Plague in India, 1896, 1897 - Volume 1
Year: 1896
Disease focus: Plague
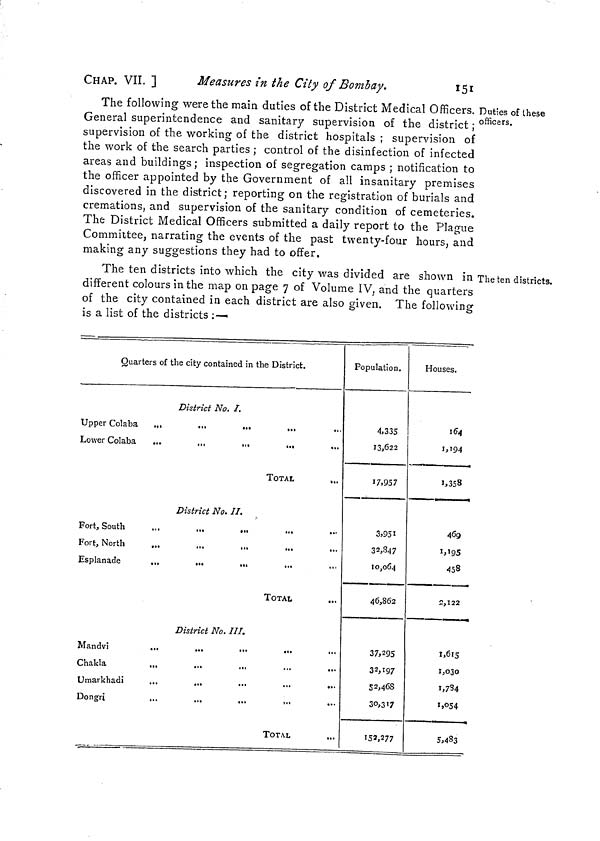
CHAP. VII. ]
Measures in the City of Bombay.
151
Duties of these
officers.
The following were the main duties of the District Medical Officers.
General superintendence and sanitary supervision of the district ;
supervision of the working of the district hospitals ; supervision of
the work of the search parties ; control of the disinfection of infected
areas and buildings ; inspection of segregation camps ; notification to
the officer appointed by the Government of all insanitary premises
discovered in the district; reporting on the registration of burials and
cremations, and supervision of the sanitary condition of cemeteries.
The District Medical Officers submitted a daily report to the Plague
Committee, narrating the events of the past twenty-four hours, and
making any suggestions they had to offer.
The ten districts.
The ten districts into which the city was divided are shown in
different colours in the map on page 7 of Volume IV, and the quarters
of the city contained in each district are also given. The following
is a list of the districts :—
Quarters of the city contained in the District.
District No. I.
Upper Colaba
...
...
...
...
Lower Colaba
...
...
...
...
TOTAL
District No. II.
Fort, South
Fort, North
Esplanade
...
...
...
TOTAL
District No. III.
Mandvi
...
...
...
...
Chakla
Umarkhadi
...
...
...
...
...
Donga
...
...
...
...
...
TOTAL
Population.
4,335
13,622
17,957
3,951
32,847
10,064
46,862
37,295
32,197
52,468
30,317
152,277
Houses.
164
1,194
1,358
469
1,195
458
2,122
1,615
1,030
1,784
1,054
5,483